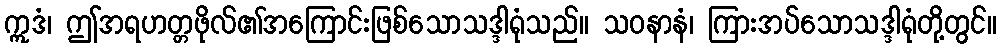
ဣဒံ၊ ဤအရဟတ္တဖိုလ်၏အကြောင်းဖြစ်သောသဒ္ဒါရုံသည်။ သဝနာနံ၊ ကြားအပ်သောသဒ္ဒါရုံတို့တွင်။